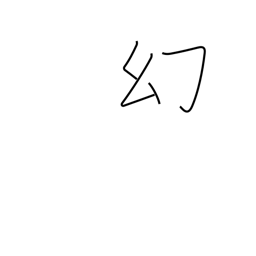
Meaning: apparition